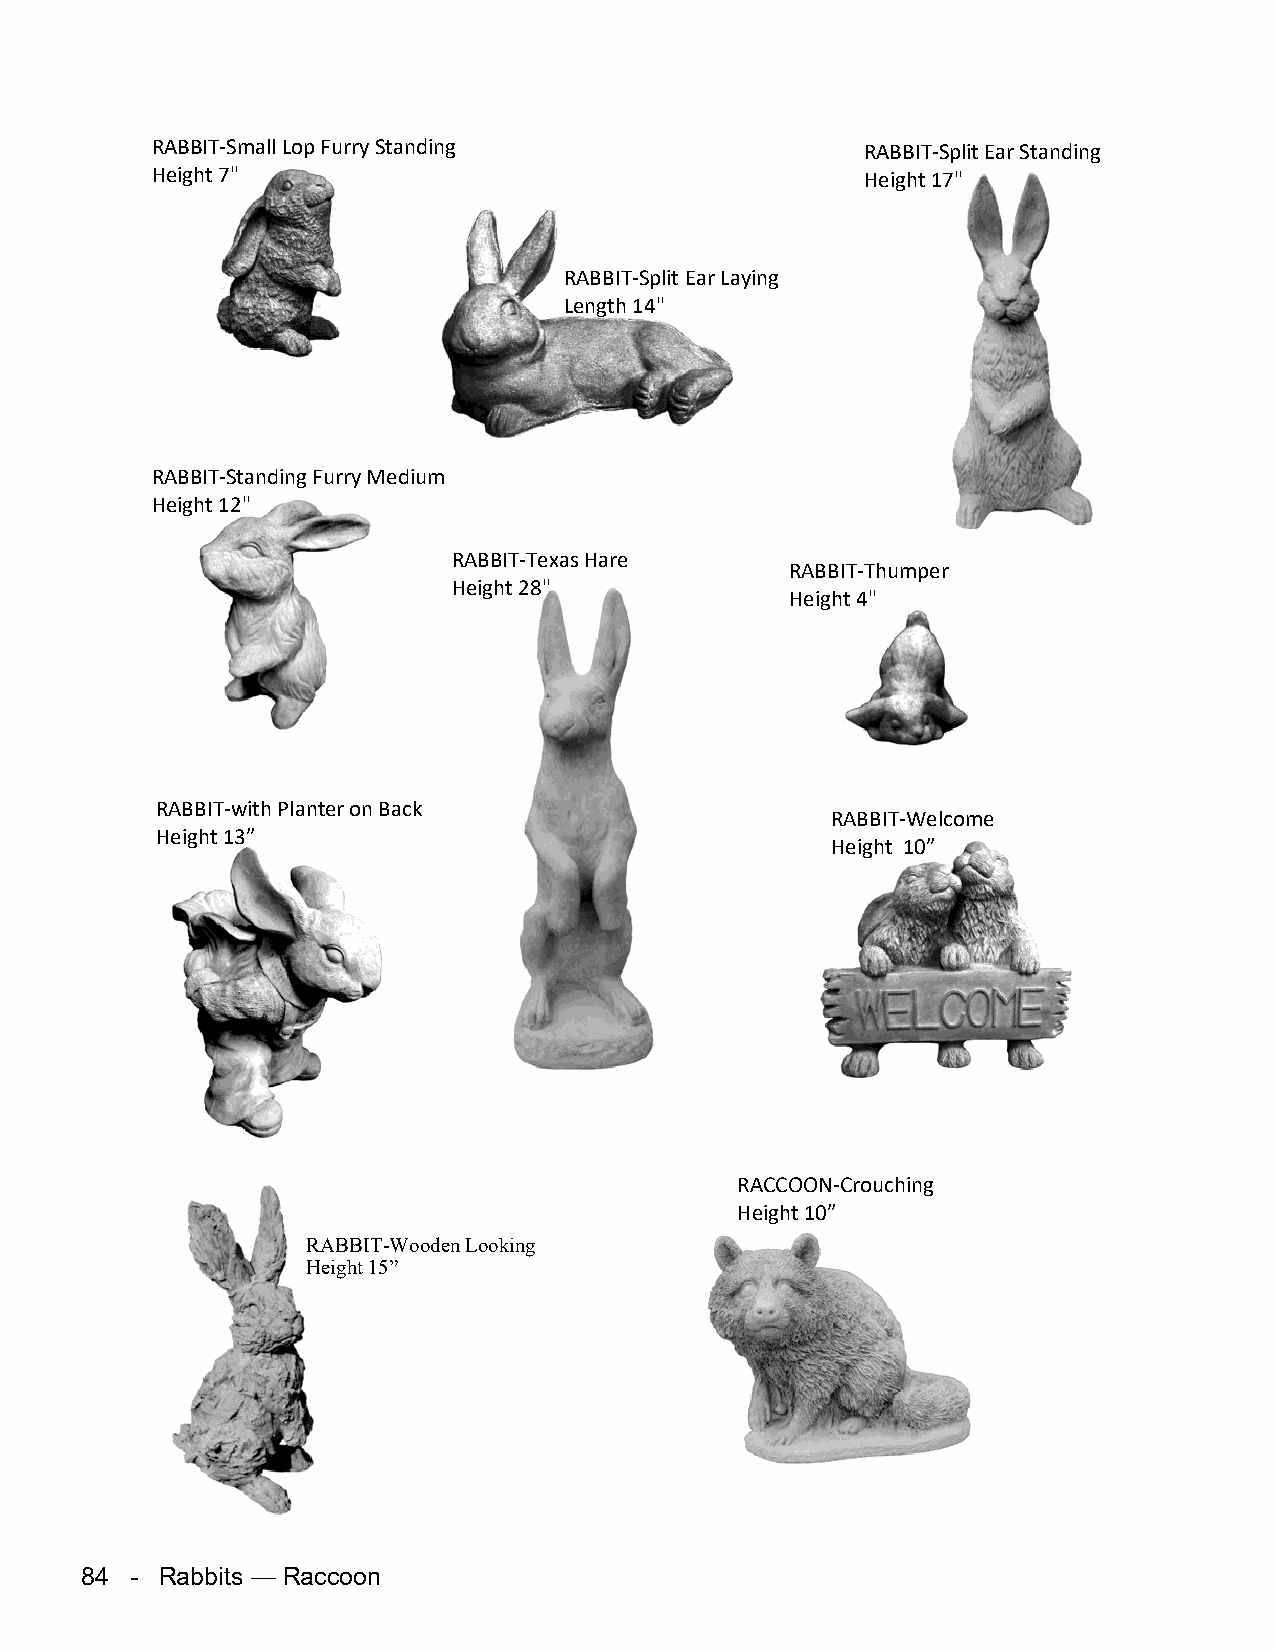
RABBIT-Small Lop Furry Standing                RABBIT-Split Ear Standing
 Height 7"                                      Height 17"
 RABBIT-Split Ear Laying
 Length 14"
 RABBIT-Standing Furry Medium
 Height 12"
 RABBIT-Texas Hare
 RABBIT-Thumper
 Height 28"
 Height 4"
 RABBIT-with Planter on Back
 RABBIT-Welcome
 Height 13”
 Height 10”
 RACCOON-Crouching
 Height 10”
 RABBIT-Wooden Looking
 Height 15”
 84  - Rabbits — Raccoon